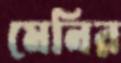
মেনির